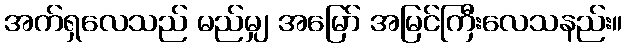
အက်ရှလေသည် မည်မျှ အမြော် အမြင်ကြီးလေသနည်း။